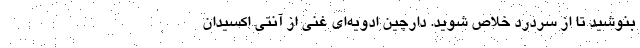
بنوشید تا از سردرد خلاص شوید. دارچین ادویه‌ای غنی از آنتی اکسیدان